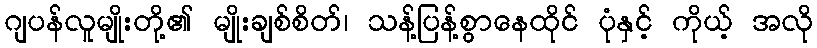
ဂျပန်လူမျိုးတို့၏ မျိုးချစ်စိတ်၊ သန့်ပြန့်စွာနေထိုင် ပုံနှင့် ကိုယ့် အလို